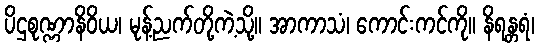
ပိဌစုဏ္ဏာနိဝိယ၊ မုန့်ညက်တို့ကဲ့သို့။ အာကာသံ၊ ကောင်းကင်ကို။ နိရန္တရံ၊